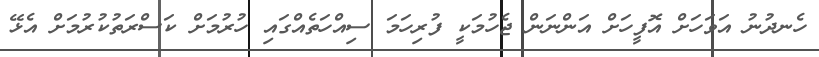
ހެނދުނު އަވަހަށް އޮފީހަށް އަންނަން ޖެހުމަކީ ފުރިހަމަ ސިއްހަތެއްގައި ހުރުމަށް ކަސްރަތުކުރުމަށް އެޅޭ